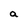
Character: a